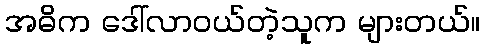
အဓိက ဒေါ်လာဝယ်တဲ့သူက များတယ်။